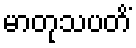
မာတုသပတိံ